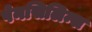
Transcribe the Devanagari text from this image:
पेनसिलिन्स